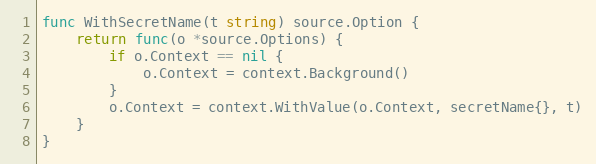
Language: Go
func WithSecretName(t string) source.Option {
	return func(o *source.Options) {
		if o.Context == nil {
			o.Context = context.Background()
		}
		o.Context = context.WithValue(o.Context, secretName{}, t)
	}
}